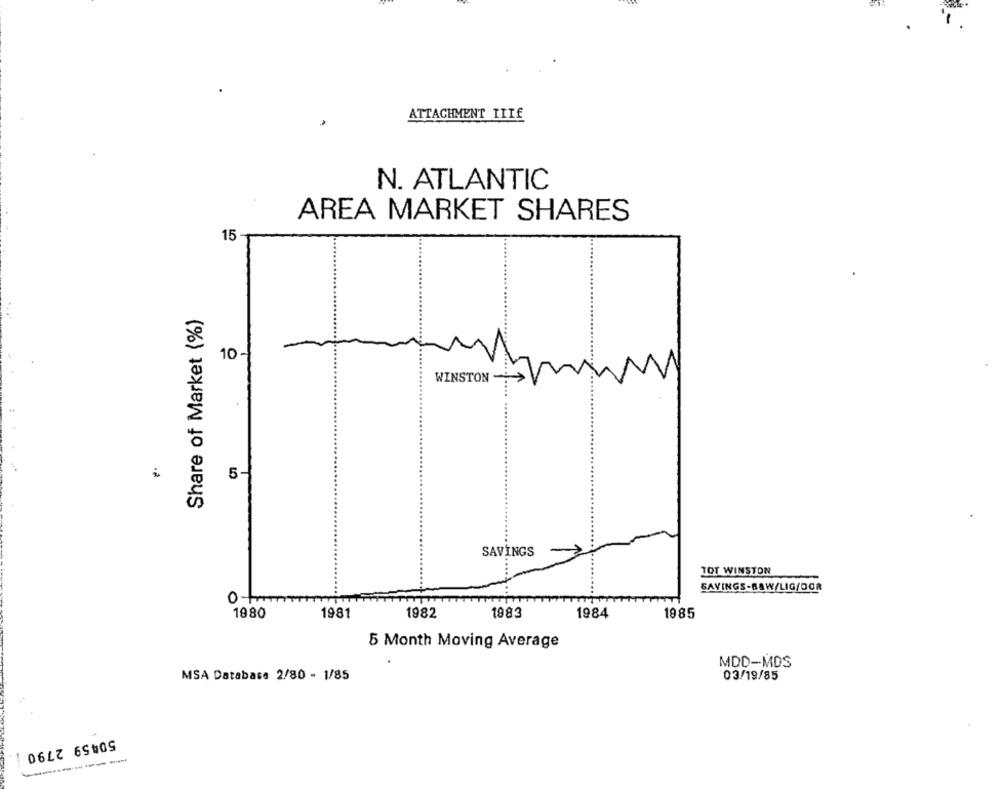
ATTACHMENT TITE
N. ATLANTIC
AREA MARKET SHARES
15 -
Share of Market (%)
-
10-
WINSTON
5-
SAVINGS
TOT WINSTON
SAVINGS-BAW/LIG/DOR
0-
1980
1981
1982
1983
1984
1985
5 Month Moving Average
MDD-MDS
MSA Database 2/80 - 1/85
03/19/85
50459 2790